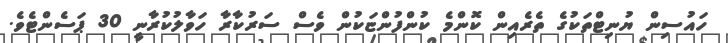
ހައުސިން ޔުނިޓްތަކުގެ ތެރެއިން ކޮންމެ ކުންފުންޏަކުން ވެސް ސަރުކާރާ ހަވާލުކުރާނީ 30 ޕަސެންޓެވެ.